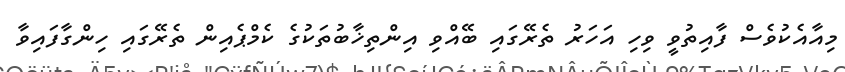
މިއާއެކުވެސް ފާއިތުވީ ވިހި އަހަރު ތެރޭގައި ބޭއްވި އިންތިޚާބުތަކުގެ ކެމްޕެއިން ތެރޭގައި ހިންގާފައިވާ